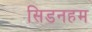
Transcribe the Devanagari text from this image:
सिडनहम